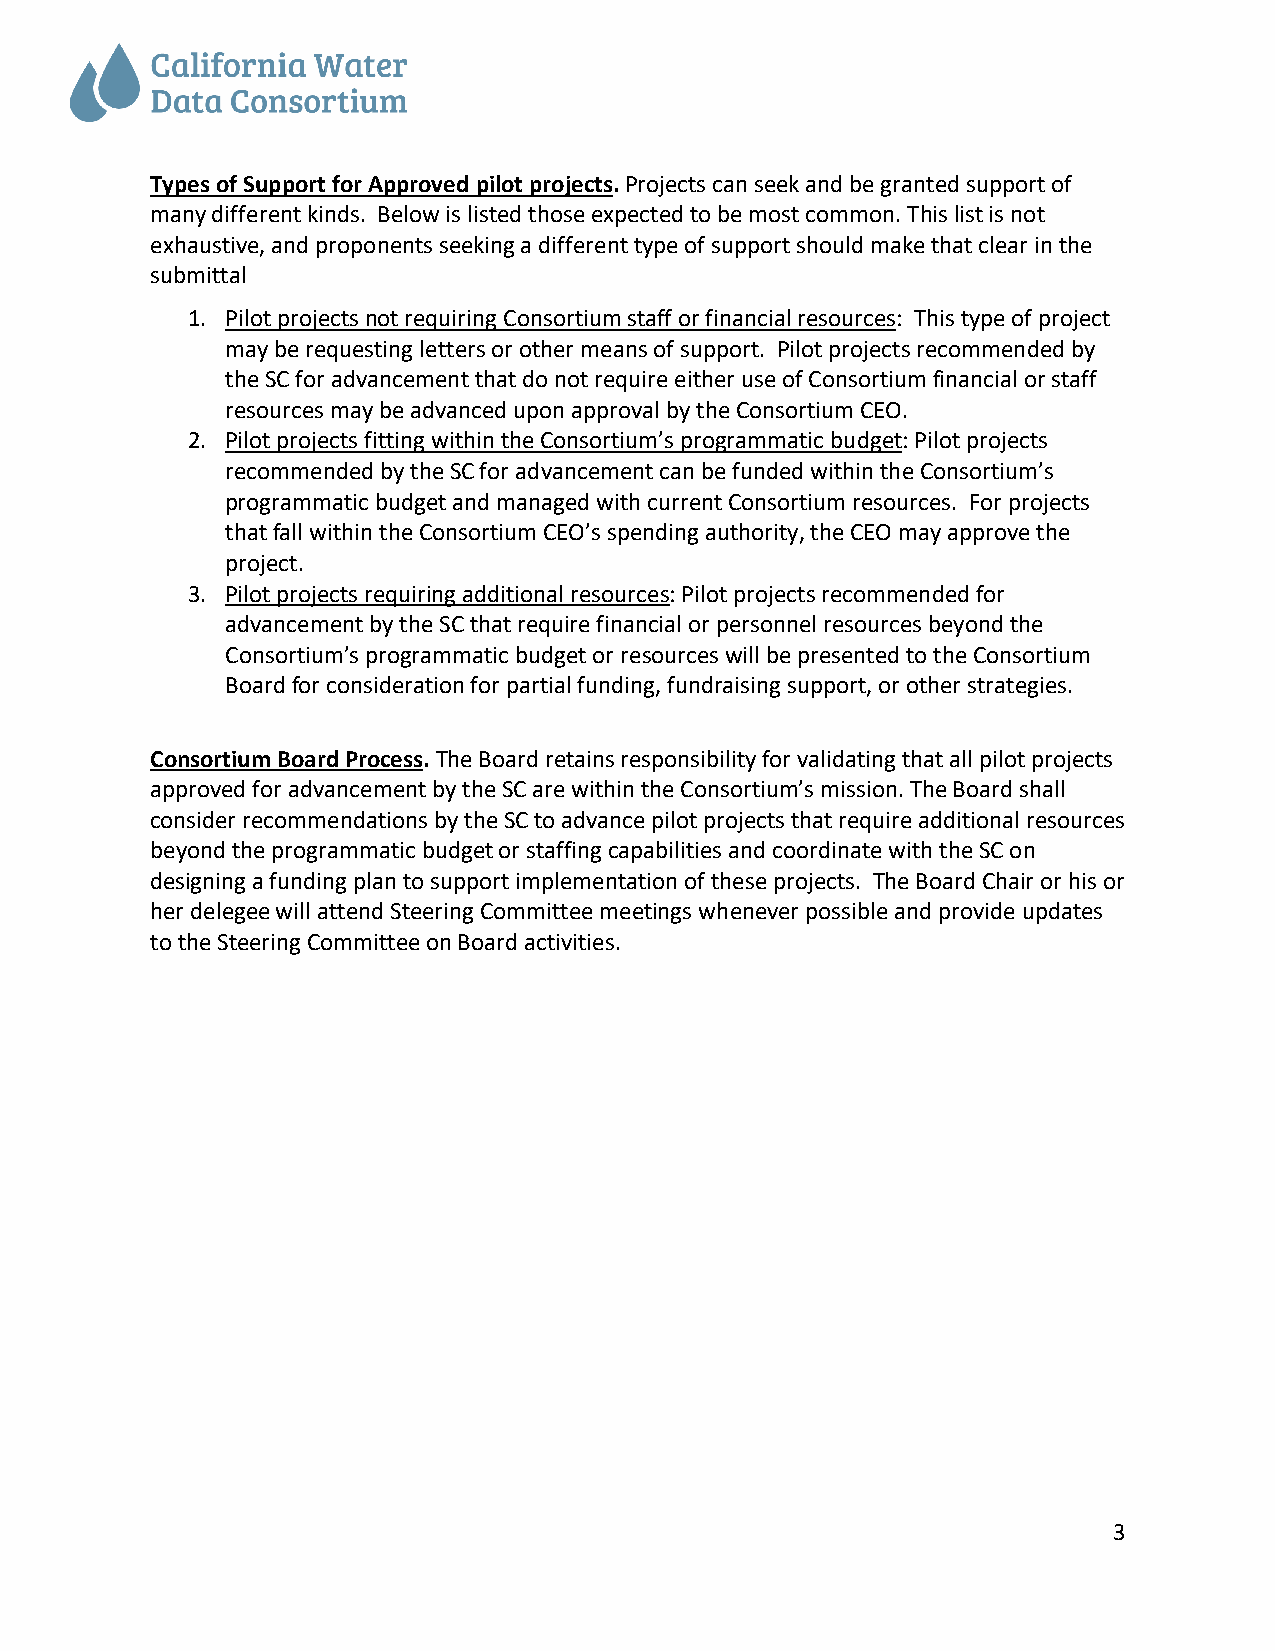
Types of Support for Approved pilot projects. Projects can seek and be granted support of
 many different kinds. Below is listed those expected to be most common. This list is not
 exhaustive, and proponents seeking a different type of support should make that clear in the
 submittal
 1. Pilot projects not requiring Consortium staff or financial resources: This type of project
 may be requesting letters or other means of support. Pilot projects recommended by
 the SC for advancement that do not require either use of Consortium financial or staff
 resources may be advanced upon approval by the Consortium CEO.
 2. Pilot projects fitting within the Consortium’s programmatic budget: Pilot projects
 recommended by the SC for advancement can be funded within the Consortium’s
 programmatic budget and managed with current Consortium resources. For projects
 that fall within the Consortium CEO’s spending authority, the CEO may approve the
 project.
 3. Pilot projects requiring additional resources: Pilot projects recommended for
 advancement by the SC that require financial or personnel resources beyond the
 Consortium’s programmatic budget or resources will be presented to the Consortium
 Board for consideration for partial funding, fundraising support, or other strategies.
 Consortium Board Process. The Board retains responsibility for validating that all pilot projects
 approved for advancement by the SC are within the Consortium’s mission. The Board shall
 consider recommendations by the SC to advance pilot projects that require additional resources
 beyond the programmatic budget or staffing capabilities and coordinate with the SC on
 designing a funding plan to support implementation of these projects. The Board Chair or his or
 her delegee will attend Steering Committee meetings whenever possible and provide updates
 to the Steering Committee on Board activities.
 3